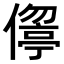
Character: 𠏦